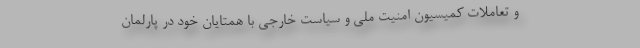
و تعاملات کمیسیون امنیت ملی و سیاست خارجی با همتایان خود در پارلمان